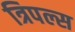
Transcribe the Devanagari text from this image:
त्रिपल्स